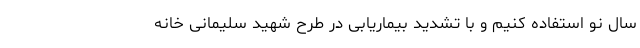
سال نو استفاده کنیم و با تشدید بیماریابی در طرح شهید سلیمانی خانه